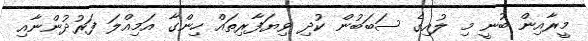
މީރާއިން ބުނީ މި ލުއިގެ ސަބަބުން ކުދި ވިޔަފާރިތައް ހިންގާ އަމިއްލަ ފަރުދުންނާއި